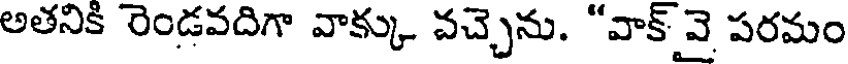
అతనికీ రెండవదిగా వాక్కు వచ్చెను. "వాక్ వై పరమం